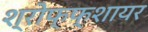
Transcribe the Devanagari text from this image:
श्रोफ्फ्शायर